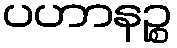
ပဟာနဉ္စ